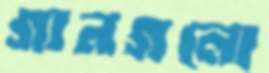
গানগলো